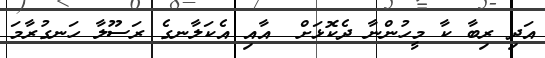
އަދި ރިބާ ކާ މީހުންނާ ދެކޮޅަށް  އާއި އެކަލާނގެ ރަސޫލާ ހަނގުރާމަ